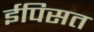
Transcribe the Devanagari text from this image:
ईपिसत